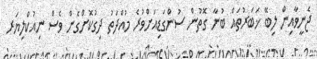
ޖެނީވާއިން ލިބޭ ޚަބަރުތައް ބުނާ ގޮތުން ސުންގަޑިއަށްވުރެ މުއްދަތު ދިގުކޮށްގެން ވެސް ނިއުކްލިޔަރ